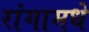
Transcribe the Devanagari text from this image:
रांगामधे